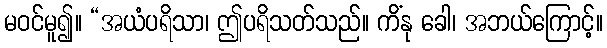
မဝင်မူ၍။ “အယံပရိသာ၊ ဤပရိသတ်သည်။ ကိံနု ခေါ၊ အဘယ်ကြောင့်။